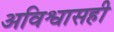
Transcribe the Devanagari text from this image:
अविश्वासही